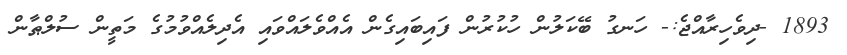
1893 -ދިވެހިރާއްޖެ:- ހަނގު ބޭކަލުން ހުކުރުން ފައިބައިގެން އެއްވެލައްވައި އެދިލެއްވުމުގެ މަތީން ސުލްޠާން